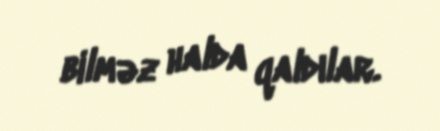
bilməz halda qaldılar.